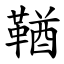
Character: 鞧